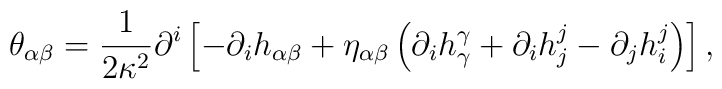
\theta_{\alpha\beta} = {1\over2\kappa^2} {\partial^i} \left[			-{\partial_i}{h_{\alpha\beta}}			+ {\eta_{\alpha\beta}} \left(				{\partial_i}{h^\gamma_\gamma} + {\partial_i}{h^j_j} -				{\partial_j}{h^j_i}				\right)			\right],